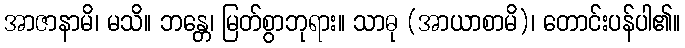
အာဇာနာမိ၊ မသိ။ ဘန္တေ၊ မြတ်စွာဘုရား။ သာဓု (အာယာစာမိ)၊ တောင်းပန်ပါ၏။